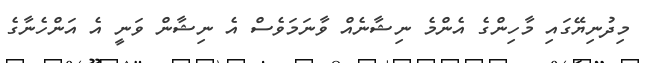
މިދުނިޔޭގައި މާހިންގެ އެންމެ ނިޝާނެއް ވާނަމަވެސް އެ ނިޝާން ވަނީ އެ އަންހެނާގެ